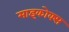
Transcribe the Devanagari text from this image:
माइकोक्स